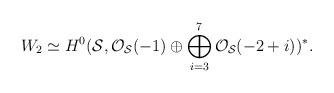
\begin{align*}W_2 \simeq H^{0} ({\cal S}, {\cal O}_{{\cal S}}(-1) \oplus\bigoplus_{i=3}^{7} {\cal O}_{{\cal S}}(-2+i))^{*}.\end{align*}